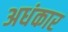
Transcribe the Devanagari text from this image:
अधंकार